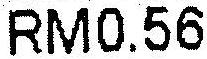
RM0.56